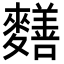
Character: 𪍶